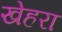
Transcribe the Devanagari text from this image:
खेहरा